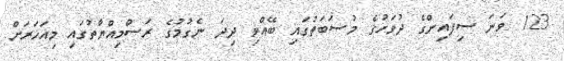
123 ވަނަ ސިފައިންގެ ދުވަހުގެ މުޞަބަތުގައި ބޭއްވި ދިދަ ނެގުމުގެ ރަސްމިއްޔާތުގައި މިއަހަރަށް